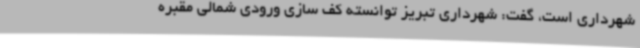
شهرداری است، گفت: شهرداری تبریز توانسته کف سازی ورودی شمالی مقبره